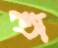
অ